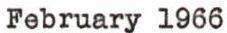
February 1966